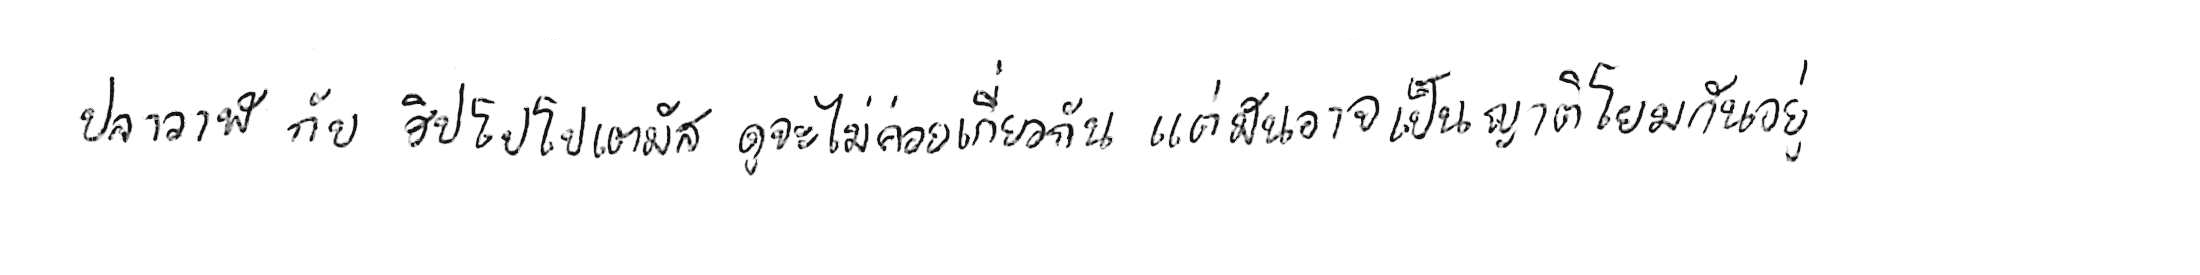
ปลาวาฬ กับ ฮิปโปโปเตมัส ดูจะไม่ค่อยเกี่ยวกัน แต่มันอาจเป็นญาติโยมกันอยู่